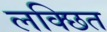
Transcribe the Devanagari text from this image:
लक्छित